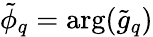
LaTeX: \tilde{\phi}_{q}=\arg(\tilde{g}_{q})